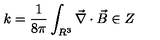
k = \frac { 1 } { 8 \pi } \int _ { R ^ { 3 } } \vec { \nabla } \cdot \vec { B } \in Z